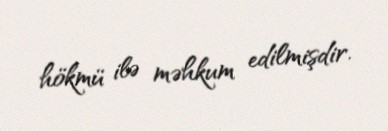
hökmü ilə məhkum edilmişdir.